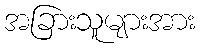
အခြားသူများအား